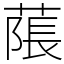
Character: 𦹥